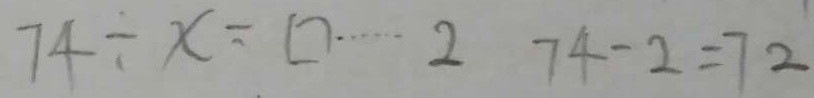
7 4 \div x = \square \cdots 2 7 4 - 2 = 7 2